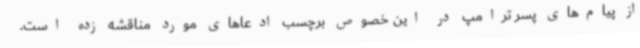
از پیام‌های پسر ترامپ در این خصوص برچسب ادعاهای مورد مناقشه زده است.